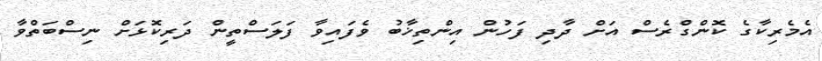
އެމެރިކާގެ ކޮންގްރެސް އަށް ދާދި ފަހުން އިންތިޚާބު ވެފައިވާ ފަލަސްތީން ދަރިކޮޅަށް ނިސްބަތްވާ